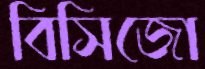
বিসিজো